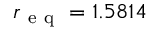
r _ { \mathrm { ~ e ~ q ~ } } = 1 . 5 8 1 4